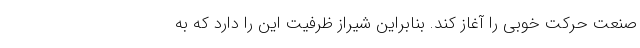
صنعت حرکت خوبی را آغاز کند. بنابراین شیراز ظرفیت این را دارد که به